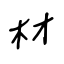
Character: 材